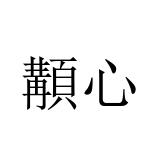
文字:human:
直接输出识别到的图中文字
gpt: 顜心